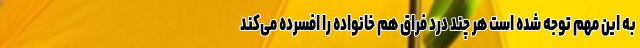
به این مهم توجه شده است هر چند درد فراق هم خانواده را افسرده می‌کند